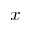
x